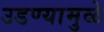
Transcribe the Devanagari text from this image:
उडण्यामुळे